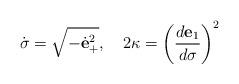
LaTeX: \begin{align*}{\dot\sigma}=\sqrt{-{\dot{\bf e}}^2_+},\quad 2\kappa=\left({d{\bf e}_1\over d\sigma}\right)^2\end{align*}